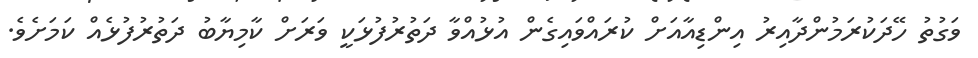
ވަގުތު ހޭދަކުރަމުންދާއިރު އިންޑިއާއަށް ކުރައްވައިގެން އުޅުއްވާ ދަތުރުފުޅަކީ ވަރަށް ކާމިޔާބު ދަތުރުފުޅެއް ކަމަށެވެ.